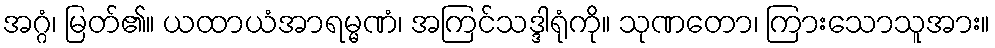
အဂ္ဂံ၊ မြတ်၏။ ယထာယံအာရမ္မဏံ၊ အကြင်သဒ္ဒါရုံကို။ သုဏတော၊ ကြားသောသူအား။